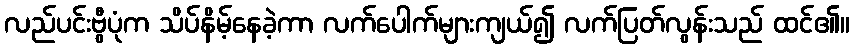
လည်ပင်းဗွီပုံက သိပ်နိမ့်နေခဲ့ကာ လက်ပေါက်များကျယ်၍ လက်ပြတ်လွန်းသည် ထင်၏။